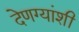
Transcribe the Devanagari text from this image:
देणग्यांशी